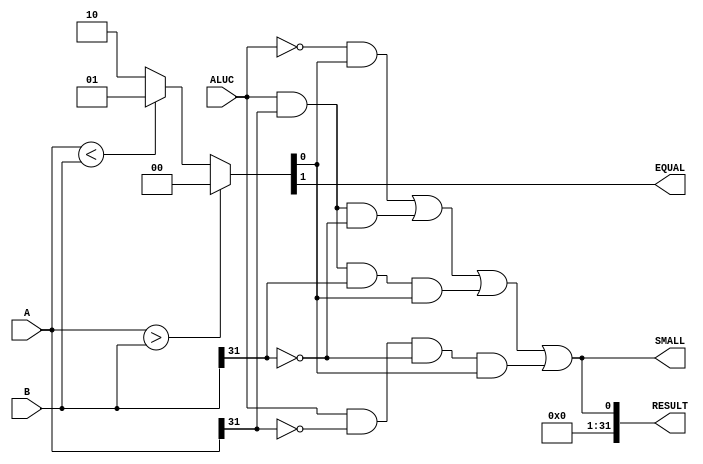
`timescale 1ns / 1ps
module Slt
(
    A,
    B,
    ALUC,
    RESULT,
    EQUAL,
    SMALL
);

    input [31:0]A;
    input [31:0]B;
    input ALUC;

    output [31:0]RESULT;
    output EQUAL;
    output SMALL;

    reg [2:0]result;

    parameter BIG = 3'b100;
    parameter EQU = 3'b010;
    parameter SMA = 3'b001;

    always@(A or B)begin
        if (A>B)     result=BIG;
        else if(A<B) result=SMA;
        else         result=EQU;
    end

    assign RESULT[0]=   (    (~ALUC)&result[0]) 
                        |    (ALUC&A[31]&(~B[31])&1) 
                        |    (ALUC&A[31]&B[31]&result[0])
				        |    (ALUC&(~A[31])&B[31]&0) 
				        |    (ALUC&(~A[31])&(~B[31])&result[0]
                        );
	

	assign RESULT[31:1]=0;
    assign EQUAL=result[1];
    assign SMALL=RESULT[0];

endmodule